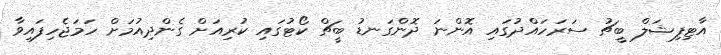
އާޓިފިޝަލް ބީޗު ސަރަހައްދުގައި އޮންނަ ދޮންގަނޑު ބީޗް ކޯޓުގައި ކުރިއަށް ގެންދިއުމަށް ހަމަޖެހިފައިވާ